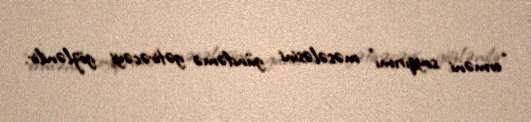
“erməni soyqırımı” məsələsini gündəmə gətirəcəyi gözlənilir.